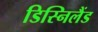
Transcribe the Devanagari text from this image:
डिस्निलैंड